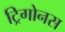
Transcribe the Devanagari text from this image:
ट्रिगोनस